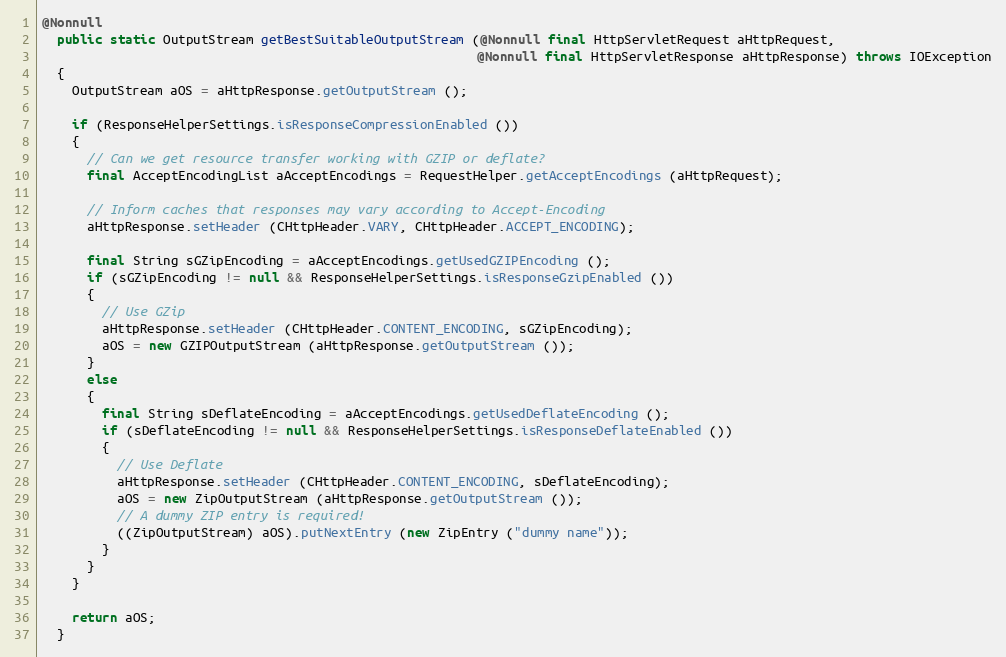
Language: Java
@Nonnull
  public static OutputStream getBestSuitableOutputStream (@Nonnull final HttpServletRequest aHttpRequest,
                                                          @Nonnull final HttpServletResponse aHttpResponse) throws IOException
  {
    OutputStream aOS = aHttpResponse.getOutputStream ();

    if (ResponseHelperSettings.isResponseCompressionEnabled ())
    {
      // Can we get resource transfer working with GZIP or deflate?
      final AcceptEncodingList aAcceptEncodings = RequestHelper.getAcceptEncodings (aHttpRequest);

      // Inform caches that responses may vary according to Accept-Encoding
      aHttpResponse.setHeader (CHttpHeader.VARY, CHttpHeader.ACCEPT_ENCODING);

      final String sGZipEncoding = aAcceptEncodings.getUsedGZIPEncoding ();
      if (sGZipEncoding != null && ResponseHelperSettings.isResponseGzipEnabled ())
      {
        // Use GZip
        aHttpResponse.setHeader (CHttpHeader.CONTENT_ENCODING, sGZipEncoding);
        aOS = new GZIPOutputStream (aHttpResponse.getOutputStream ());
      }
      else
      {
        final String sDeflateEncoding = aAcceptEncodings.getUsedDeflateEncoding ();
        if (sDeflateEncoding != null && ResponseHelperSettings.isResponseDeflateEnabled ())
        {
          // Use Deflate
          aHttpResponse.setHeader (CHttpHeader.CONTENT_ENCODING, sDeflateEncoding);
          aOS = new ZipOutputStream (aHttpResponse.getOutputStream ());
          // A dummy ZIP entry is required!
          ((ZipOutputStream) aOS).putNextEntry (new ZipEntry ("dummy name"));
        }
      }
    }

    return aOS;
  }